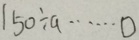
1 5 0 \div a \cdots 0